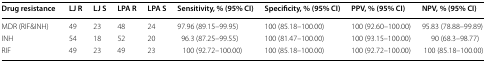
<table><thead><tr><td><b>Drug resistance</b></td><td><b>LJ R</b></td><td><b>LJ S</b></td><td><b>LPA R</b></td><td><b>LPA S</b></td><td><b>Sensitivity, % (95% CI)</b></td><td><b>Specificity, % (95% CI)</b></td><td><b>PPV, % (95% CI)</b></td><td><b>NPV, % (95% CI)</b></td></tr></thead><tbody><tr><td>MDR (RIF&amp;INH)</td><td>49</td><td>23</td><td>48</td><td>24</td><td>97.96 (89.15–99.95)</td><td>100 (85.18–100.00)</td><td>100 (92.60–100.00)</td><td>95.83 (78.88–99.89)</td></tr><tr><td>INH</td><td>54</td><td>18</td><td>52</td><td>20</td><td>96.3 (87.25–99.55)</td><td>100 (81.47–100.00)</td><td>100 (93.15–100.00)</td><td>90 (68.3–98.77)</td></tr><tr><td>RIF</td><td>49</td><td>23</td><td>49</td><td>23</td><td>100 (92.72–100.00)</td><td>100 (85.18–100.00)</td><td>100 (92.72–100.00)</td><td>100 (85.18–100.00)</td></tr></tbody></table>